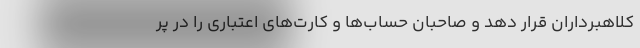
کلاهبرداران قرار دهد و صاحبان حساب‌ها و کارت‌های اعتباری را در پر